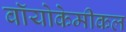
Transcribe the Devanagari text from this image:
बॉयोकेमीकल